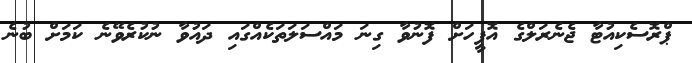
ޕްރޮސެކިއުޓާ ޖެނެރަލްގެ އޮފީހަށް ފޮނުވާ ގިނަ މައްސަލަތަކެއްގައި ދައުވާ ނުކުރެވޭނެ ކަމަށް ބުނެ